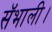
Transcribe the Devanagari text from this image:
सॅभाली।